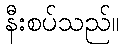
နီးစပ်သည်။